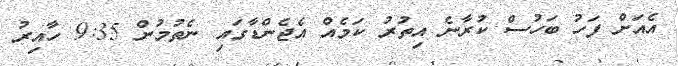
އެއަށް ފަހު ބަހުސް ކުރާނެ އިތުރު ކަމެއް އެޖެންޑާގައި ނެތުމުން 9:35 ހާއިރު